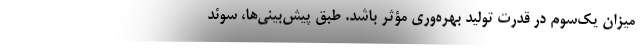
میزان یک‌سوم در قدرت تولید بهره‌وری مؤثر باشد. طبق پیش‌بینی‌ها، سوئد